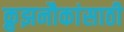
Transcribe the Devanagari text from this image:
क्रुझनौकांसाठी